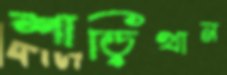
শাড়িখান